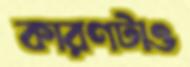
কারণটাও